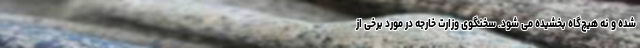
شده و نه هیچ‌گاه بخشیده می شود. سخنگوی وزارت خارجه در مورد برخی از